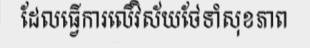
ដែលធ្វើការលើវិស័យថែទាំសុខភាព